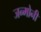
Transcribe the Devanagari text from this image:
जन्मोनी